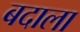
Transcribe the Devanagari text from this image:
बदाला